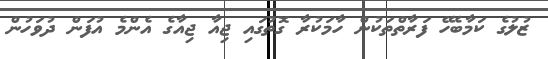
ޒުލުގެ ކަމާބެހޭ ފަރާތްތަކުން ހާމަކުރާ ގޮތުގައި ޖިއާ ޖިއާގެ އެންމެ އުފަން ދުވަހުން